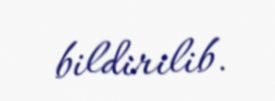
bildirilib.